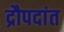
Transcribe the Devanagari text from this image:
द्रौपदांत